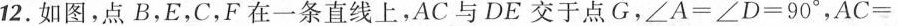
12.如图，点B，E，C，F在一条直线上，AC与DE交于点G，$$∠A=∠D=90°$$，$$AC=